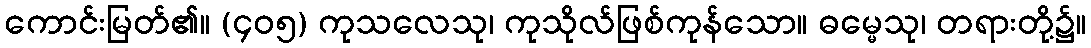
ကောင်းမြတ်၏။ (၄၀၅) ကုသလေသု၊ ကုသိုလ်ဖြစ်ကုန်သော။ ဓမ္မေသု၊ တရားတို့၌။